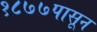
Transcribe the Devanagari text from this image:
१८७७पासून